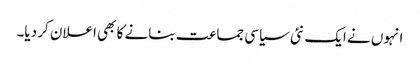
انہوں نے ایک نئی سیاسی جماعت بنانے کا بھی اعلان کر دیا۔